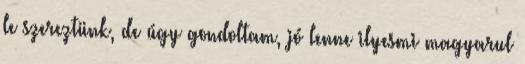
le szereztünk, de úgy gondoltam, jó lenne ilyesmi magyarul